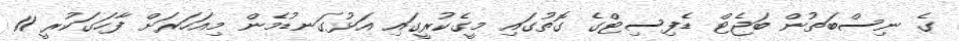
ގެ ނިސްބަތުން ބަޖެޓް ޑެފިސިޓްގެ ގޮތުގައި މީގެކުރީގައި އަޅުގަނޑުމެން މިއަހަރަށް ފާހަގަކުރީ 11